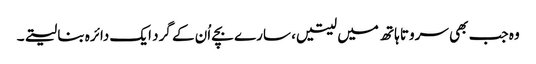
وہ جب بھی سروتا ہاتھ میں لیتیں، سارے بچے اُن کے گرد ایک دائرہ بنا لیتے۔